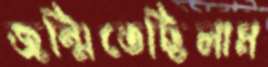
জন্মিতেছিলাম